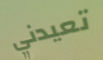
تعيدني